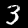
Digit: 3